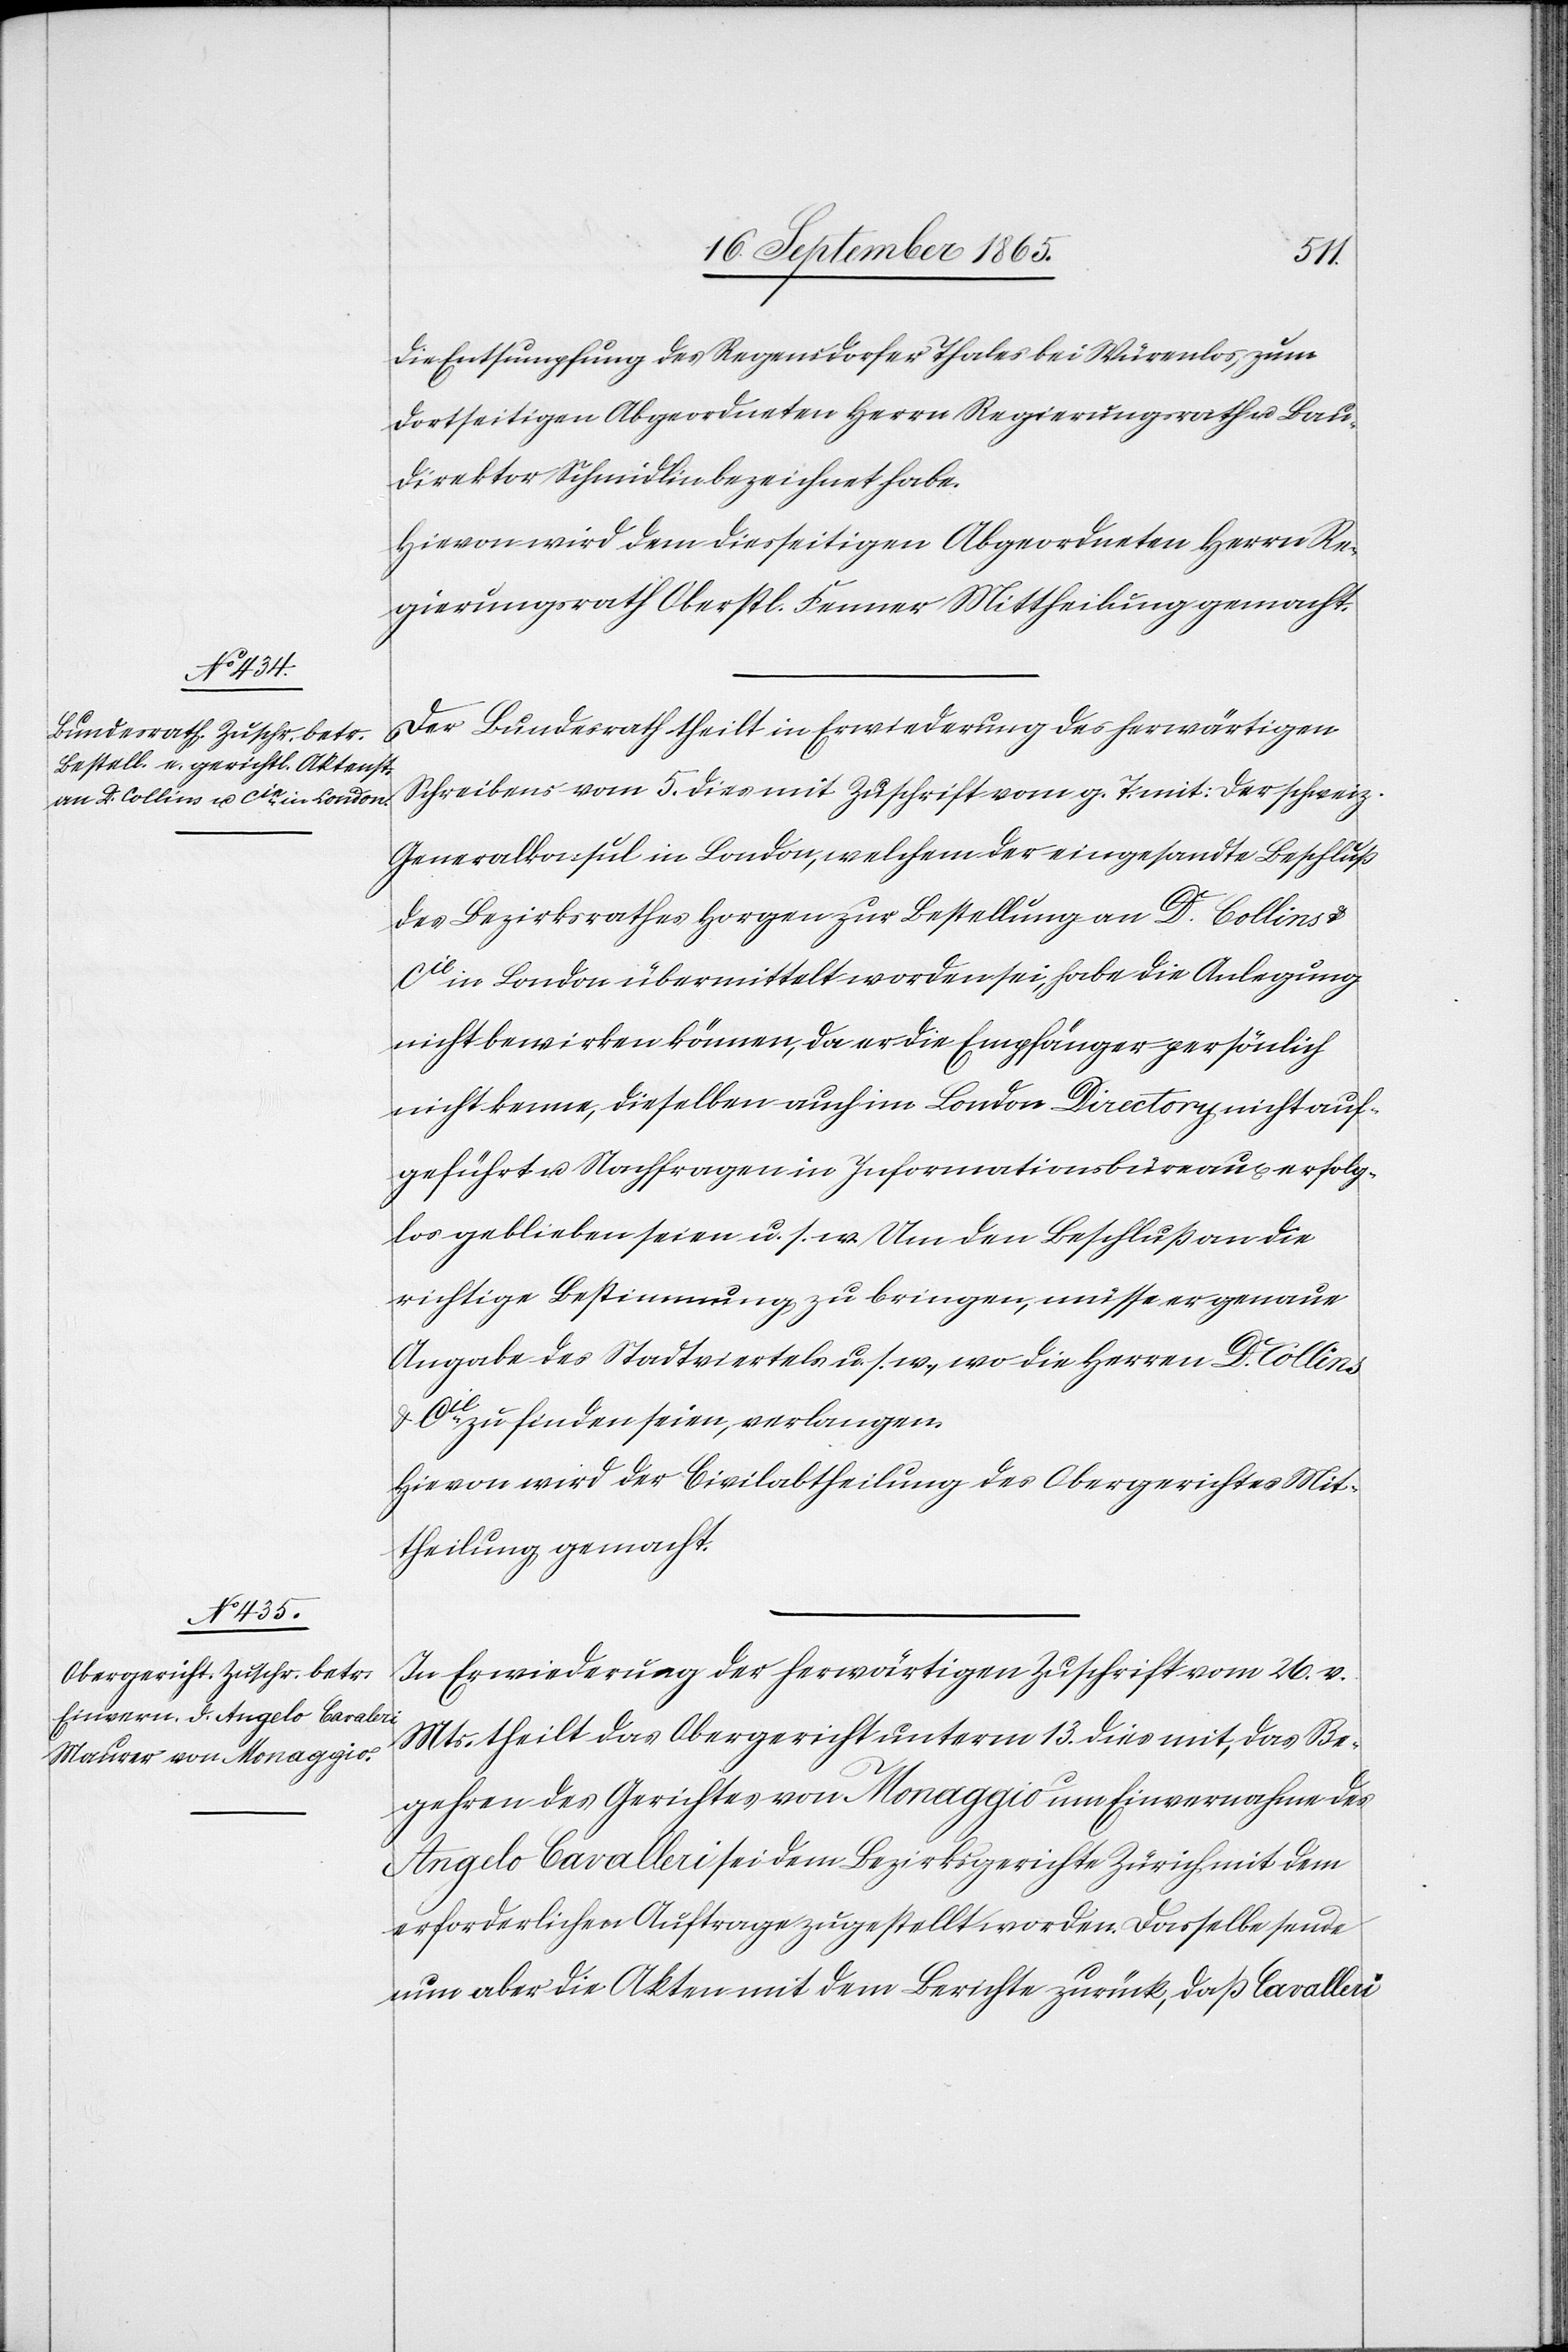
die Entsumpfung des Regensdorfer Thales bei Würenlos, zum
dortseitigen Abgeordneten Herrn Regierungsrath u. Bau¬
direktor Schmidlin bezeichnet habe.
Hievon wird dem diesseitigen Abgeordneten Herrn Re¬
gierungsrath Oberstl. Fenner Mittheilung gemacht.
Der Bundesrath theilt in Erwiederung des herwärtigen
Schreibens vom 5. dies mit Zuschrift vom g. T. mit: Der schweiz.
Generalkonsul in London, welchem der eingesandte Beschluß
des Bezirksrathes Horgen zur Bestellung an Dr Collins
Cie in London übermittelt worden sei, habe die Anlegung
nicht bewirken können, da er die Empfänger persönlich
nicht kenne, dieselben auch im London Directory nicht auf¬
geführt u. Nachfragen in Informationsbüreaux erfolg¬
los geblieben seien u. s. w. Um den Beschluß an die
richtige Bestimmung zu bringen, müsse er genaue
Angabe des Stadtviertels u. s. w., wo die Herren Dr Collins
u. Cie zu finden seien, verlangen.
Hievon wird der Civilabtheilung des Obergerichtes Mit¬
theilung gemacht.
In Erwiederung der herwärtigen Zuschrift vom 26. v.
Mts. theilt das Obergericht unterm 13. dies mit, das Be¬
gehren des Gerichtes von Monaggio um Einvernahme des
Angelo Cavalleri [sic!] sei dem Bezirksgerichte Zürich mit dem
erforderlichen Auftrage zugestellt worden. Dasselbe sende
nun aber die Akten mit dem Berichte zurück, daß Cavalleri